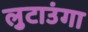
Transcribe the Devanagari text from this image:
लुटाउंगा